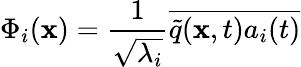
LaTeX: \Phi_{i}(\mathbf{x})=\frac{1}{\sqrt{\lambda_{i}}}\overline{{\tilde{q}(\mathbf{x},t)a_{i}(t)}}